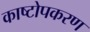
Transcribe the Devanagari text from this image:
काष्टोपकरण